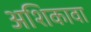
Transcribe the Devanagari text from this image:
अशिकावा